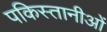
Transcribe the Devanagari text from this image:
पकिस्तानीओं